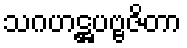
သဂဟဋ္ဌပဗ္ဗဇိတာ